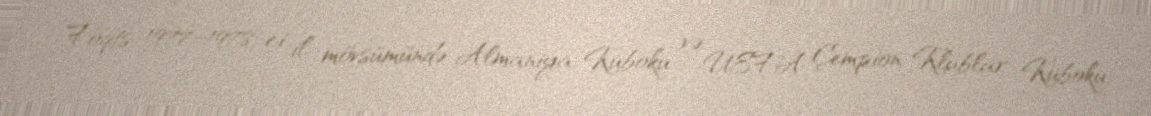
Foqts 1977–1978-ci il mövsümündə Almaniya Kuboku və UEFA Çempion Klublar Kuboku